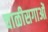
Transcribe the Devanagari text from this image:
चाळीसगाओं